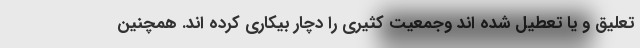
تعلیق و یا تعطیل شده اند وجمعیت کثیری را دچار بیکاری کرده اند. همچنین